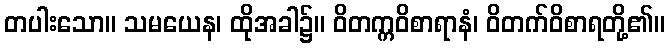
တပါးသော။ သမယေန၊ ထိုအခါ၌။ ဝိတက္ကဝိစာရာနံ၊ ဝိတက်ဝိစာရတို့၏။